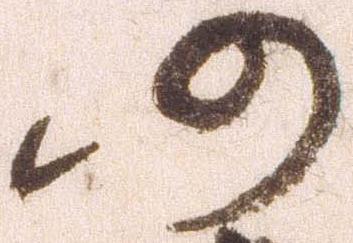
仍